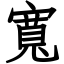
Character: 寬